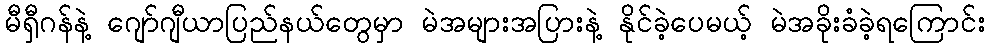
မီရှီဂန်နဲ့ ဂျော်ဂျီယာပြည်နယ်တွေမှာ မဲအများအပြားနဲ့ နိုင်ခဲ့ပေမယ့် မဲအခိုးခံခဲ့ရကြောင်း